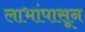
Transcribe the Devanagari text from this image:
लाभांपासून